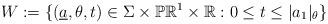
LaTeX: \begin{align*}W:=\{(\underline a,\theta,t)\in \Sigma\times\mathbb{PR}^1\times\mathbb R :0\leq t\leq |a_1|_{\theta}\}\end{align*}